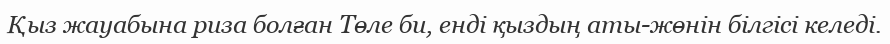
Қыз жауабына риза болған Төле би, енді қыздың аты-жөнін білгісі келеді.